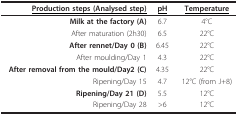
<table><thead><tr><td><b><underline>Production steps (Analysed step)</underline></b></td><td><b><underline>pH</underline></b></td><td><b><underline>Temperature</underline></b></td></tr></thead><tbody><tr><td><b>Milk at the factory (A)</b></td><td>6.7</td><td>4°C</td></tr><tr><td>After maturation (2h30)</td><td>6.5</td><td>22°C</td></tr><tr><td><b>After rennet/Day 0 (B)</b></td><td>6.45</td><td>22°C</td></tr><tr><td>After moulding/Day 1</td><td>4.3</td><td>22°C</td></tr><tr><td><b>After removal from the mould/Day2 (C)</b></td><td>4.35</td><td>22°C</td></tr><tr><td>Ripening/Day 15</td><td>4.7</td><td>12°C (from J+8)</td></tr><tr><td><b>Ripening/Day 21 (D)</b></td><td>5.5</td><td>12°C</td></tr><tr><td>Ripening/Day 28</td><td>&gt;6</td><td>12°C</td></tr></tbody></table>